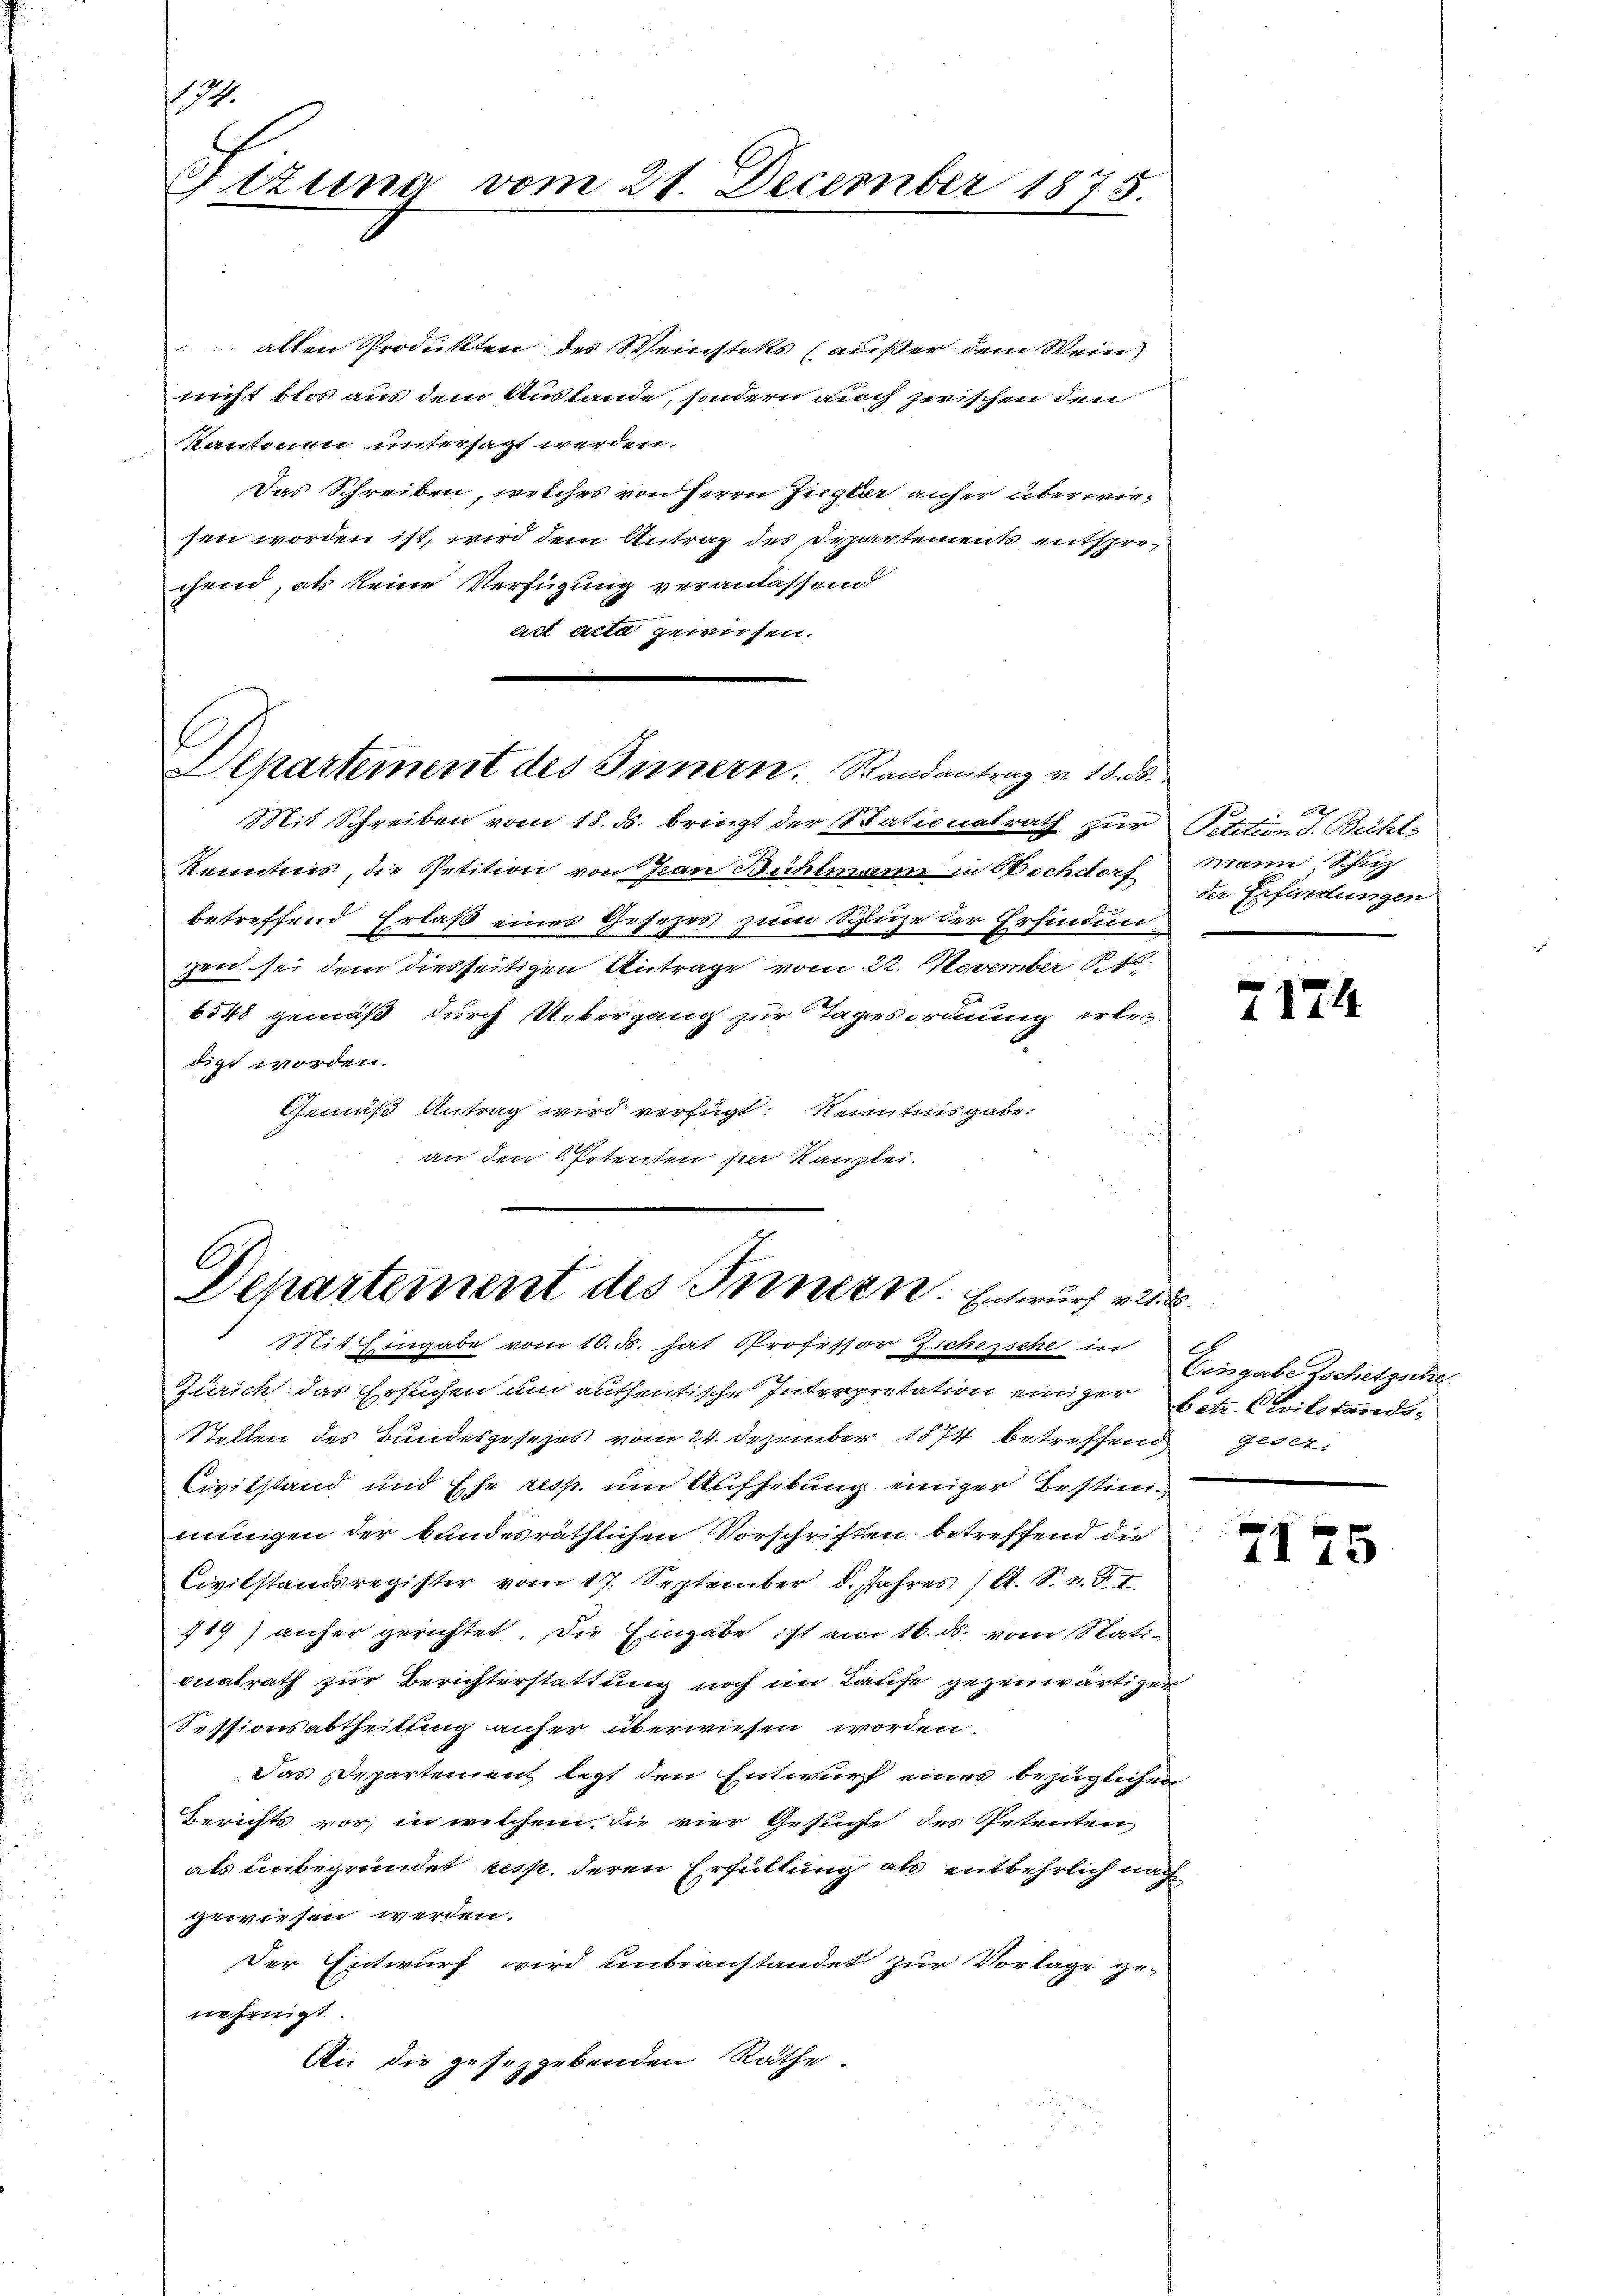
.
Gtzung vom 21. December 1875.

alten Produkten des Weinstoks (außer dem Wein
nicht blos aus dem Austande, sondern auch zwischen den
Kantonen untersagt werden.
Das Schreiben, welches von Herrn Zugler anher überwiesen worden ist, wird dem Antrag des Departements entsprechend, als keine Verfügung veranlassend
act acta gewiesen.

Departement des Innern. Randantrag v. 18.

Mit Schreiben vom 18. d. bringt der Stationalrath zur
Kenntnis, die Petition von Jean Bühlmann in Bochdorf
betreffend Erlaß eines Gesezes zum Spize der Erfinden
zzen sei dem diesseitigen Antrage vom 22. November 84
6548 gemäß durch Uebergang zur Tageordnung erledigt worden.
Gemäß Antrag wird verfügt: Kenntnisgabe.
an den 8. Petenten per Kanzlei.

Departement des Bernern. Entwurf v. 128.
Mit Eingabe vom 10. d. hat Professor Zschersche in

Petition J. Bühl-
niani, Schup
der Erfindungen

Zürich das Erstichen um authentische Interpretation einiger betr. Civilstands¬
Stellen des Bundesgesezes vom 24. Dezember 1874 betreffend
Civilstand und Ehe resp. um Aufhebung einiger Bestimiingen der bundesräthlichen Vorschriften betreffend die
Civilstandsregister vom 17. September 8. Jahres / lt. S. n. F. I
119) anher gerichtet. Die Eingabe ist am 16. ds. vom Stati-
onalrath zur Berichterstattung noch im Laufe gegenwärtiger
Sessionsabtheilung anher überwiesen worden.
Das Departement legt den Entwurf eines bezüglichen
Berichts vor, in welchem die vier Gestiche des Petenten
als unbegründet resp. deren Erfüllung als entbehrlich nachgewiesen werden.
Der Entwurf wird unbeanstandet zur Vorlage ge-
nehmigt
Ai die getragebenden Räthe.
180

7

1744

Veingabe Zschetzsche
Gldl

2175